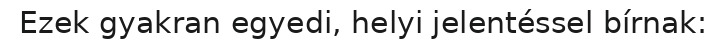
Ezek gyakran egyedi, helyi jelentéssel bírnak: